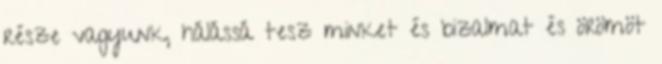
része vagyunk, hálássá tesz minket és bizalmat és örömöt